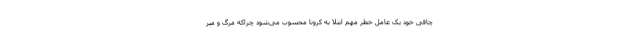
چاقی خود یک عامل خطر مهم ابتلا به کرونا محسوب می‌شود چراکه مرگ و میر